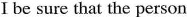
I be sure that the person